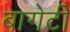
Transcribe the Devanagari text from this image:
बागेटी